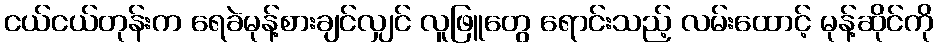
ငယ်ငယ်တုန်းက ရေခဲမုန့်စားချင်လျှင် လူဖြူတွေ ရောင်းသည့် လမ်းထောင့် မုန့်ဆိုင်ကို